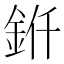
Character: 𬫊